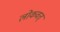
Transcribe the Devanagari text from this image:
लोकवत्